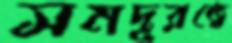
সমদূরত্বে